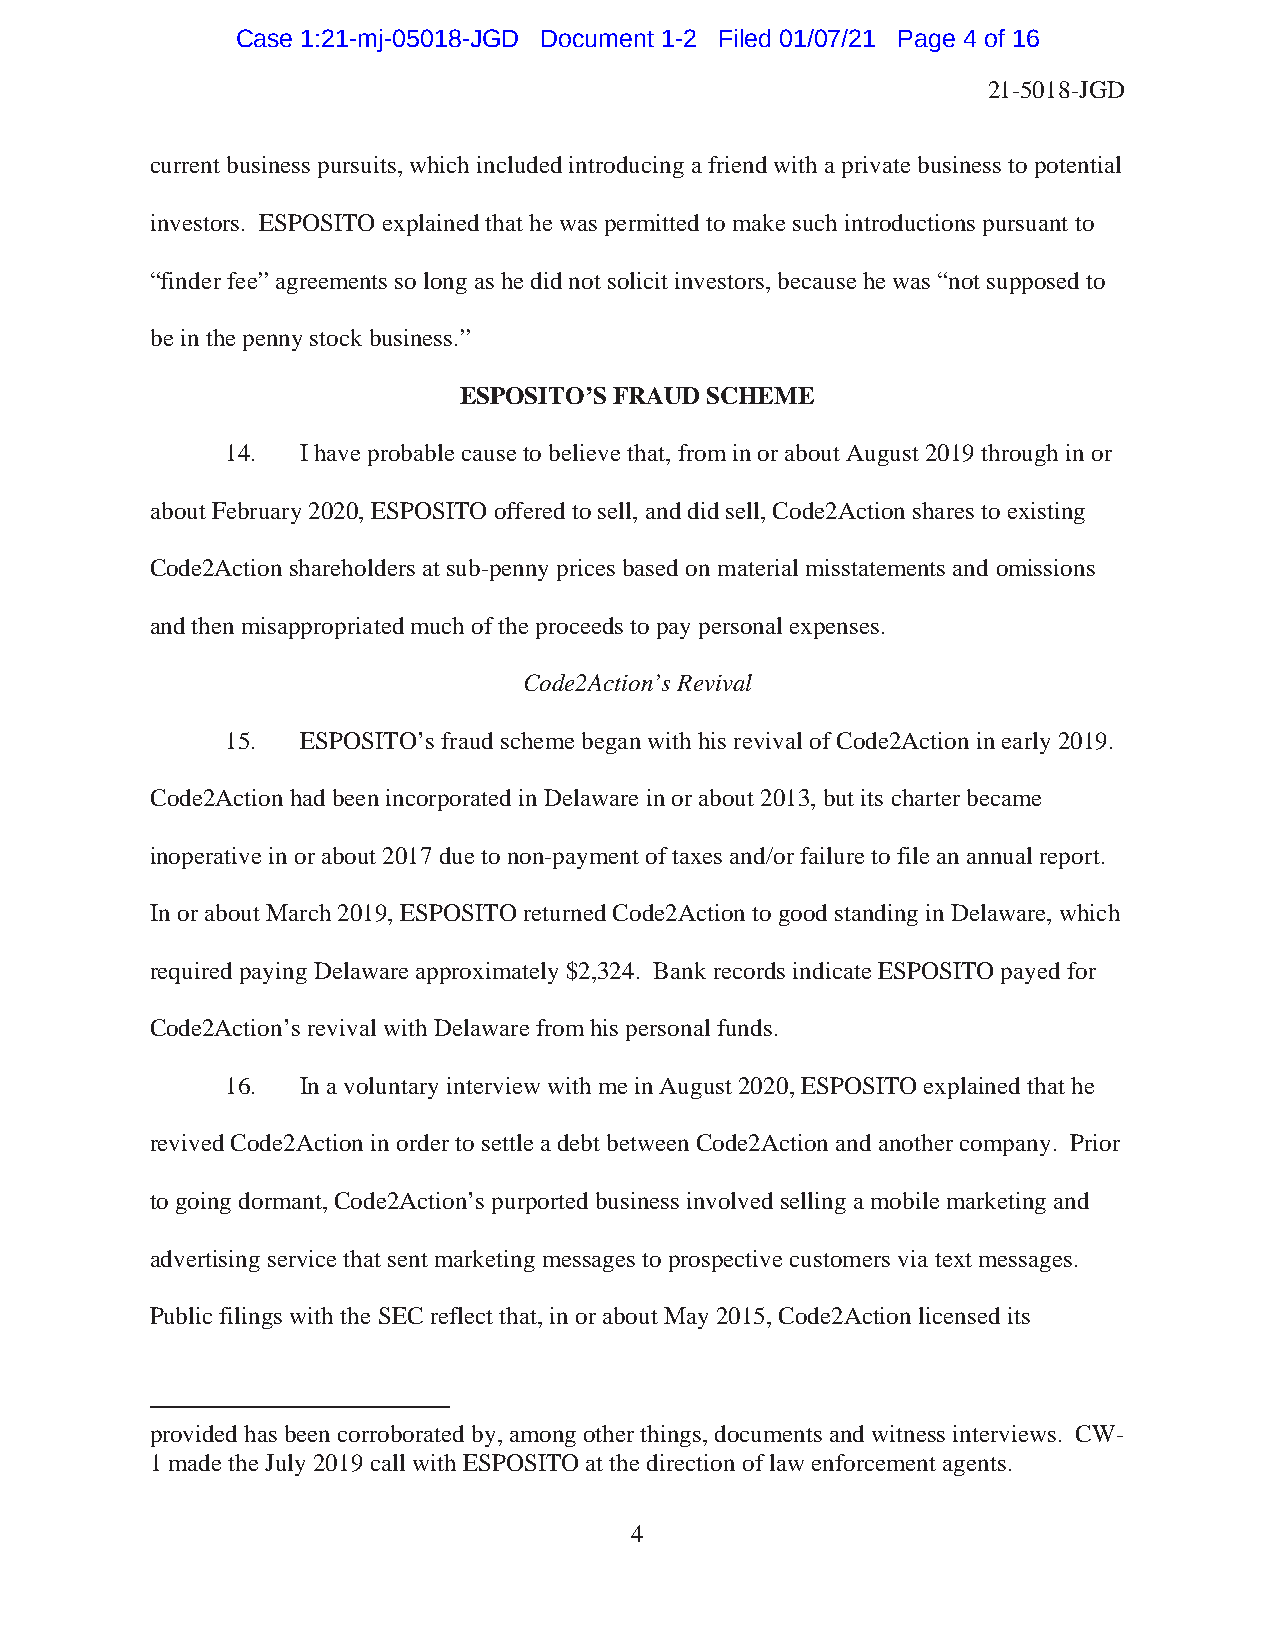
Case 1:21-mj-05018-JGD Document 1-2 Filed 01/07/21 Page 4 of 16
 21-5018-JGD
 current business pursuits, which included introducing a friend with a private business to potential
 investors. ESPOSITO explained that he was permitted to make such introductions pursuant to
 “finder fee” agreements so long as he did not solicit investors, because he was “not supposed to
 be in the penny stock business.”
 ESPOSITO’S FRAUD SCHEME
 14.  I have probable cause to believe that, from in or about August 2019 through in or
 about February 2020, ESPOSITO offered to sell, and did sell, Code2Action shares to existing
 Code2Action shareholders at sub-penny prices based on material misstatements and omissions
 and then misappropriated much of the proceeds to pay personal expenses.
 Code2Action’s Revival
 15.  ESPOSITO’s fraud scheme began with his revival of Code2Action in early 2019.
 Code2Action had been incorporated in Delaware in or about 2013, but its charter became
 inoperative in or about 2017 due to non-payment of taxes and/or failure to file an annual report.
 In or about March 2019, ESPOSITO returned Code2Action to good standing in Delaware, which
 required paying Delaware approximately $2,324. Bank records indicate ESPOSITO payed for
 Code2Action’s revival with Delaware from his personal funds.
 16.  In a voluntary interview with me in August 2020, ESPOSITO explained that he
 revived Code2Action in order to settle a debt between Code2Action and another company. Prior
 to going dormant, Code2Action’s purported business involved selling a mobile marketing and
 advertising service that sent marketing messages to prospective customers via text messages.
 Public filings with the SEC reflect that, in or about May 2015, Code2Action licensed its
 provided has been corroborated by, among other things, documents and witness interviews. CW-
 1 made the July 2019 call with ESPOSITO at the direction of law enforcement agents.
 4